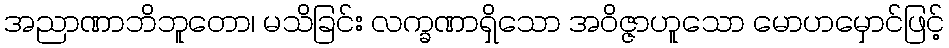
အညာဏာဘိဘူတော၊ မသိခြင်း လက္ခဏာရှိသော အဝိဇ္ဇာဟူသော မောဟမှောင်ဖြင့်